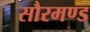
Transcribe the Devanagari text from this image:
सौरमण्ड